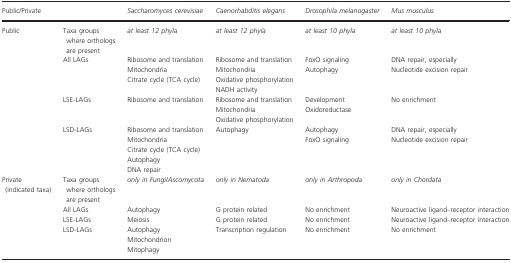
<table><thead><tr><td colspan="2"><b>Public/Private</b></td><td><b><i>Saccharomyces cerevisiae</i></b></td><td><b><i>Caenorhabditis elegans</i></b></td><td><b><i>Drosophila melanogaster</i></b></td><td><b><i>Mus musculus</i></b></td></tr></thead><tbody><tr><td rowspan="4">Public</td><td>Taxa groups where orthologs are present</td><td><i>at least 12 phyla</i></td><td><i>at least 12 phyla</i></td><td><i>at least 10 phyla</i></td><td><i>at least 10 phyla</i></td></tr><tr><td>All LAGs</td><td>Ribosome and translationMitochondriaCitrate cycle (TCA cycle)</td><td>Ribosome and translationMitochondriaOxidative phosphorylationNADH activity</td><td>FoxO signalingAutophagy</td><td>DNA repair, especially Nucleotide excision repair</td></tr><tr><td>LSE‐LAGs</td><td>Ribosome and translation</td><td>Ribosome and translationMitochondriaOxidative phosphorylation</td><td>DevelopmentOxidoreductase</td><td>No enrichment</td></tr><tr><td>LSD‐LAGs</td><td>Ribosome and translationMitochondriaCitrate cycle (TCA cycle)AutophagyDNA repair</td><td>Autophagy</td><td>AutophagyFoxO signaling</td><td>DNA repair, especially Nucleotide excision repair</td></tr><tr><td rowspan="4">Private (indicated taxa)</td><td>Taxa groups where orthologs are present</td><td><i>only in Fungi/Ascomycota</i></td><td><i>only in Nematoda</i></td><td><i>only in Arthropoda</i></td><td><i>only in Chordata</i></td></tr><tr><td>All LAGs</td><td>Autophagy</td><td>G protein related</td><td>No enrichment</td><td>Neuroactive ligand–receptor interaction</td></tr><tr><td>LSE‐LAGs</td><td>Meiosis</td><td>G protein related</td><td>No enrichment</td><td>Neuroactive ligand–receptor interaction</td></tr><tr><td>LSD‐LAGs</td><td>AutophagyMitochondrionMitophagy</td><td>Transcription regulation</td><td>No enrichment</td><td>No enrichment</td></tr></tbody></table>